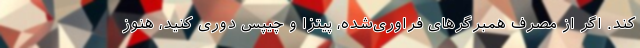
کند. اگر از مصرف همبرگر‌های فراوری‌شده، پیتزا و چیپس دوری کنید، هنوز